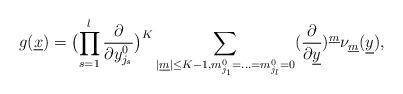
LaTeX: \begin{align*}g(\underline{x} ) = \bigl( \prod_{s = 1}^{l}\frac{\partial }{\partial y_{j_{s}}^{0}} \bigr)^{K}\sum_{|\underline{m} | \leq K - 1, m_{j_{1}}^{0} = ... = m_{j_{l}}^{0} = 0}(\frac{\partial }{\partial \underline{y} })^{\underline{m} }\nu_{\underline{m} } (\underline{y} ),\end{align*}